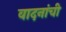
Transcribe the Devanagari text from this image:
वादनांची